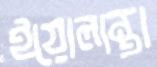
ইয়োলান্থা